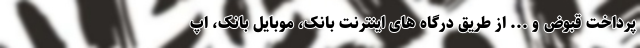
پرداخت قبوض و ... از طریق درگاه های اینترنت بانک، موبایل بانک، اپ